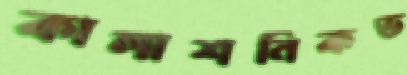
কালাশনিকভ